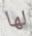
لها